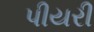
પીયરી